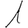
Digit: 1